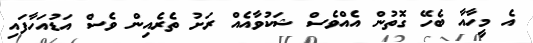
އެ މީހާއާ ބެހޭ ގޮތުން އެއްވެސް ޝަކުވާއެއް ރަށު ތެރެއިން ވެސް އަޑުއަހާފައި